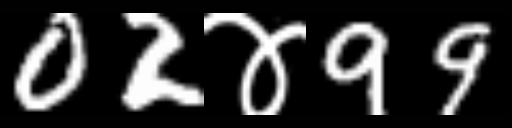
Text: 02४99